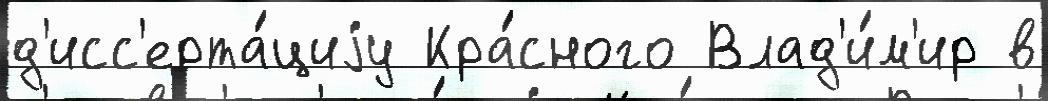
д'исс'ерта́циjу Кра́сного Влад'и́м'ир в